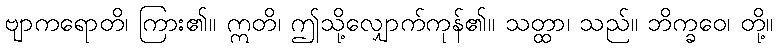
ဗျာကရောတိ၊ ကြား၏။ ဣတိ၊ ဤသို့လျှောက်ကုန်၏။ သတ္ထာ၊ သည်။ ဘိက္ခဝေ၊ တို့။